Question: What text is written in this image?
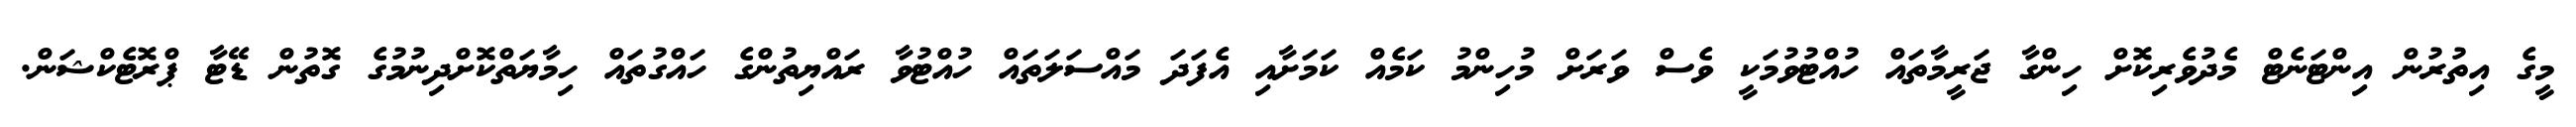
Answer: މީގެ އިތުރުން އިންޓަނެޓް މެދުވެރިކޮށް ހިންގާ ޖަރީމާތައް ހުއްޓުވުމަކީ ވެސް ވަރަށް މުހިންމު ކަމެއް ކަމަށާއި އެފަދަ މައްސަލަތައް ހުއްޓުވާ ރައްޔިތުންގެ ހައްގުތައް ހިމާޔަތްކޮށްދިނުމުގެ ގޮތުން ޑޭޓާ ޕްރޮޓެކްޝަން.